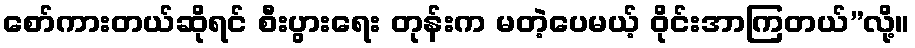
စော်ကားတယ်ဆိုရင် စီးပွားရေး တုန်းက မတဲ့ပေမယ့် ဝိုင်းအာကြတယ်”လို့။